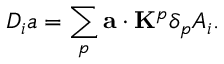
D _ { i } a = \sum _ { p } { \bf a } \cdot { \bf K } ^ { p } \delta _ { p } A _ { i } .